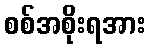
စစ်အစိုးရအား